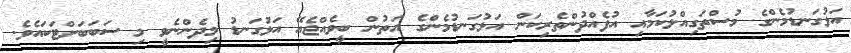
އަޅުގަނޑުމެންގެ މުސްތަގިއްލުކަމާއި އުފެއްދުންތެރިކަން އަޅުގަނޑުމެންގެ އަތުން ބީވެއްޖެއޭ އަޅުގަނޑު މިދެންނެވީ މި ސަބަބަށްޓަކައެވެ.